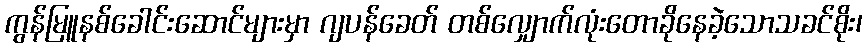
ကွန်မြူနစ်ခေါင်းဆောင်များမှာ ဂျပန်ခေတ် တစ်လျှောက်လုံးတောခိုနေခဲ့သောသခင်စိုး၊